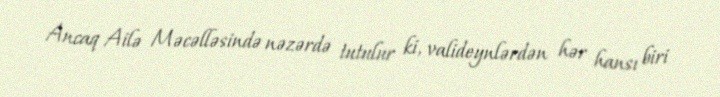
Ancaq Ailə Məcəlləsində nəzərdə tutulur ki, valideynlərdən hər hansı biri